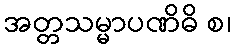
အတ္တသမ္မာပဏိဓိ စ၊